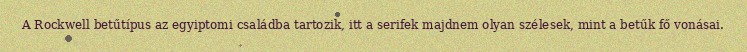
A Rockwell betűtípus az egyiptomi családba tartozik, itt a serifek majdnem olyan szélesek, mint a betűk fő vonásai.